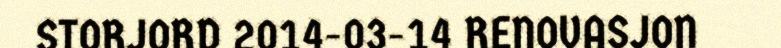
STORJORD 2014-03-14 RENOVASJON